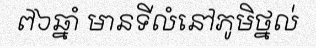
៧៦ឆ្នាំ មានទីលំនៅភូមិថ្នល់